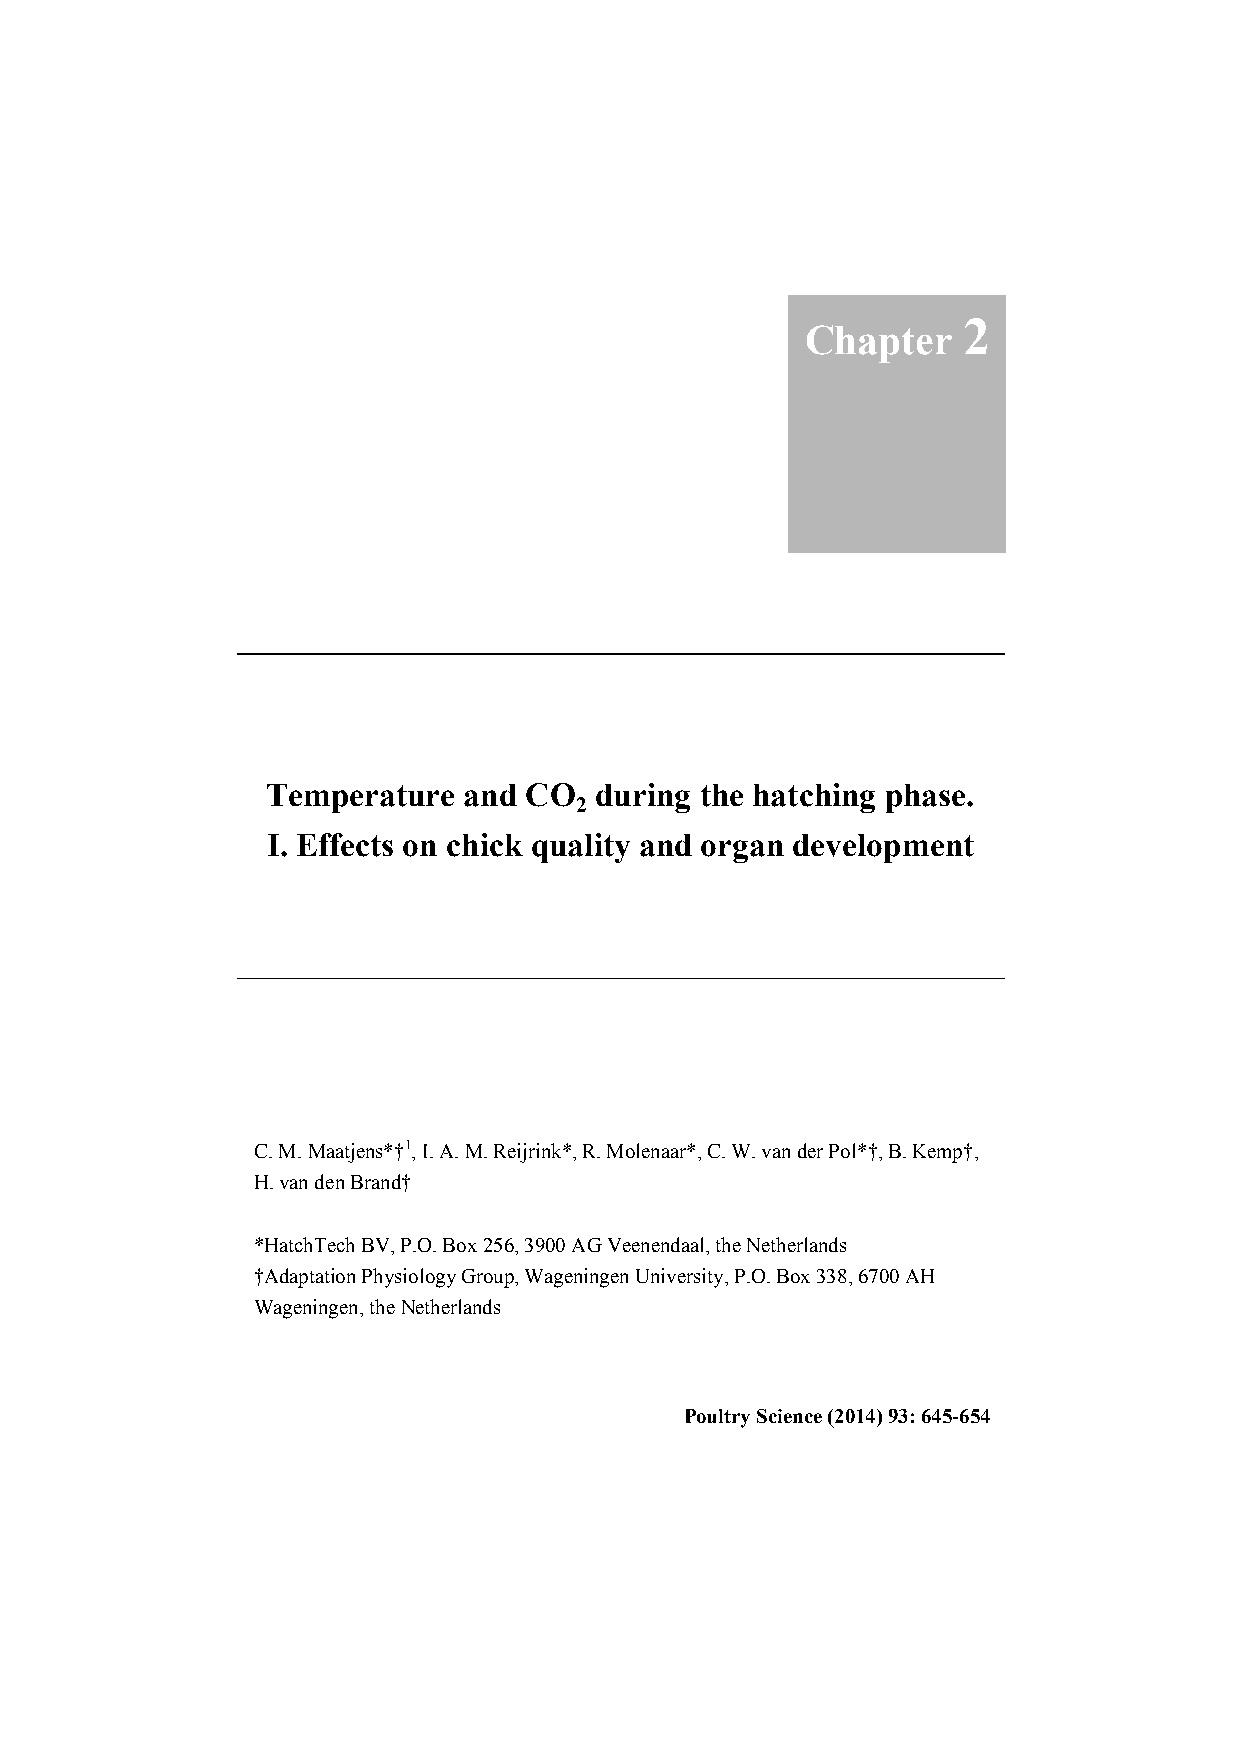
2
 Chapter
 Temperature  and CO  during the hatching phase.
 2
 I. Effects on chick quality and organ development
 C. M. Maatjens*†1, I. A. M. Reijrink*, R. Molenaar*, C. W. van der Pol*†, B. Kemp†,
 H. van den Brand†
 *HatchTech BV, P.O. Box 256, 3900 AG Veenendaal, the Netherlands
 †Adaptation Physiology Group, Wageningen University, P.O. Box 338, 6700 AH
 Wageningen, the Netherlands
 Poultry Science (2014) 93: 645-654